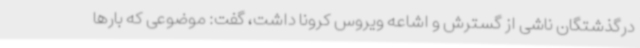
درگذشتگان ناشی از گسترش و اشاعه ویروس کرونا داشت، گفت: موضوعی که بارها